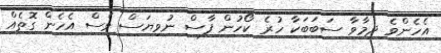
އެހެންވެ ދިމާވާ ސަބަބަކާ ހުރެ ކޯހުން ފާސް ނުވިޔަސް ވެސް އެހެން ގޮތެއް